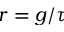
r = g / \tau